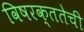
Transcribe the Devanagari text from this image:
विषरक्ततेची